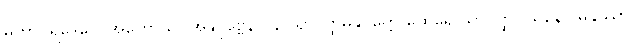
မဟာပရိဒေဝေါ အဟောသိ။ အနုပုဗ္ဗေန ပန သာဝတ္ထိမနုပ္ပတ္တေ ထေရေ သာဝတ္ထိဝါသိနော မနုဿာ